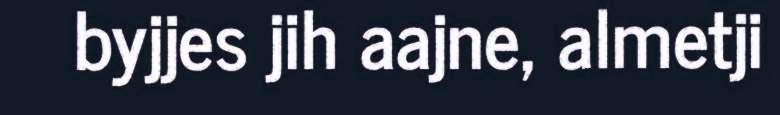
byjjes jih aajne, almetji